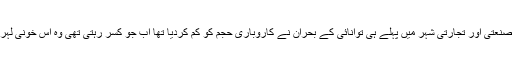
کراچی جیسے اہم صنعتی اور تجارتی شہر میں پہلے ہی توانائی کے بحران نے کاروباری حجم کو کم کردیا تھا اب جو کسر رہتی تھی وہ اس خونی لہر نے پوری کردی۔